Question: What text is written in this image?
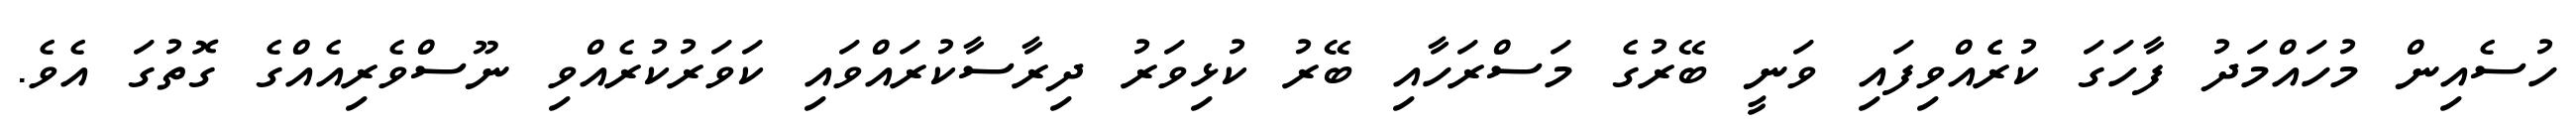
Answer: ހުސެއިން މުހައްމަދު ފާހަގަ ކުރެެއްވިފައި ވަނީ ބޭރުގެ މަސްރަހާއި ބޭރު ކުޅިވަރު ދިރާސާކުރައްވައި ކަވަރުކުރެއްވި ނޫސްވެރިއެއްގެ ގޮތުގަ އެވެ.